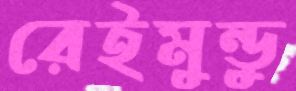
রেইমুন্ডু